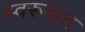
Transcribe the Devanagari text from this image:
स्‍वरूपात